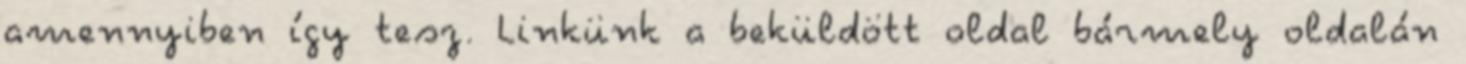
amennyiben így tesz. Linkünk a beküldött oldal bármely oldalán